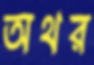
অথর